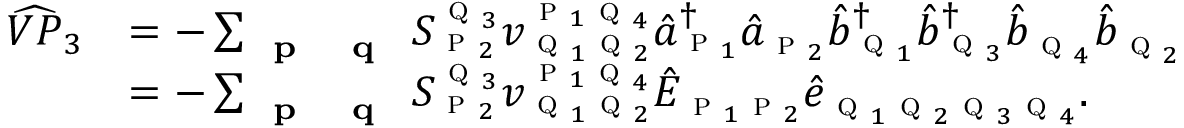
\begin{array} { r l } { \widehat { V P } _ { 3 } } & { = - \sum _ { \textbf { \textsc { p } } \textbf { \textsc { q } } } S _ { \textsc { p } _ { 2 } } ^ { \textsc { q } _ { 3 } } { v } _ { \textsc { q } _ { 1 } \textsc { q } _ { 2 } } ^ { \textsc { p } _ { 1 } \textsc { q } _ { 4 } } \hat { a } _ { \textsc { p } _ { 1 } } ^ { \dagger } \hat { a } _ { \textsc { p } _ { 2 } } \hat { b } _ { \textsc { q } _ { 1 } } ^ { \dagger } \hat { b } _ { \textsc { q } _ { 3 } } ^ { \dagger } \hat { b } _ { \textsc { q } _ { 4 } } \hat { b } _ { \textsc { q } _ { 2 } } } \\ & { = - \sum _ { \textbf { \textsc { p } } \textbf { \textsc { q } } } S _ { \textsc { p } _ { 2 } } ^ { \textsc { q } _ { 3 } } { v } _ { \textsc { q } _ { 1 } \textsc { q } _ { 2 } } ^ { \textsc { p } _ { 1 } \textsc { q } _ { 4 } } \hat { E } _ { \textsc { p } _ { 1 } \textsc { p } _ { 2 } } \hat { e } _ { \textsc { q } _ { 1 } \textsc { q } _ { 2 } \textsc { q } _ { 3 } \textsc { q } _ { 4 } } . } \end{array}